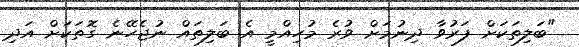
"ބަލިތަކަށް ފަރުވާ ދިނުމަށް ވުރެ މުހިއްމީ އެ ބަލިތައް ނުޖެހޭނެ ގޮތަކަށް އަދި